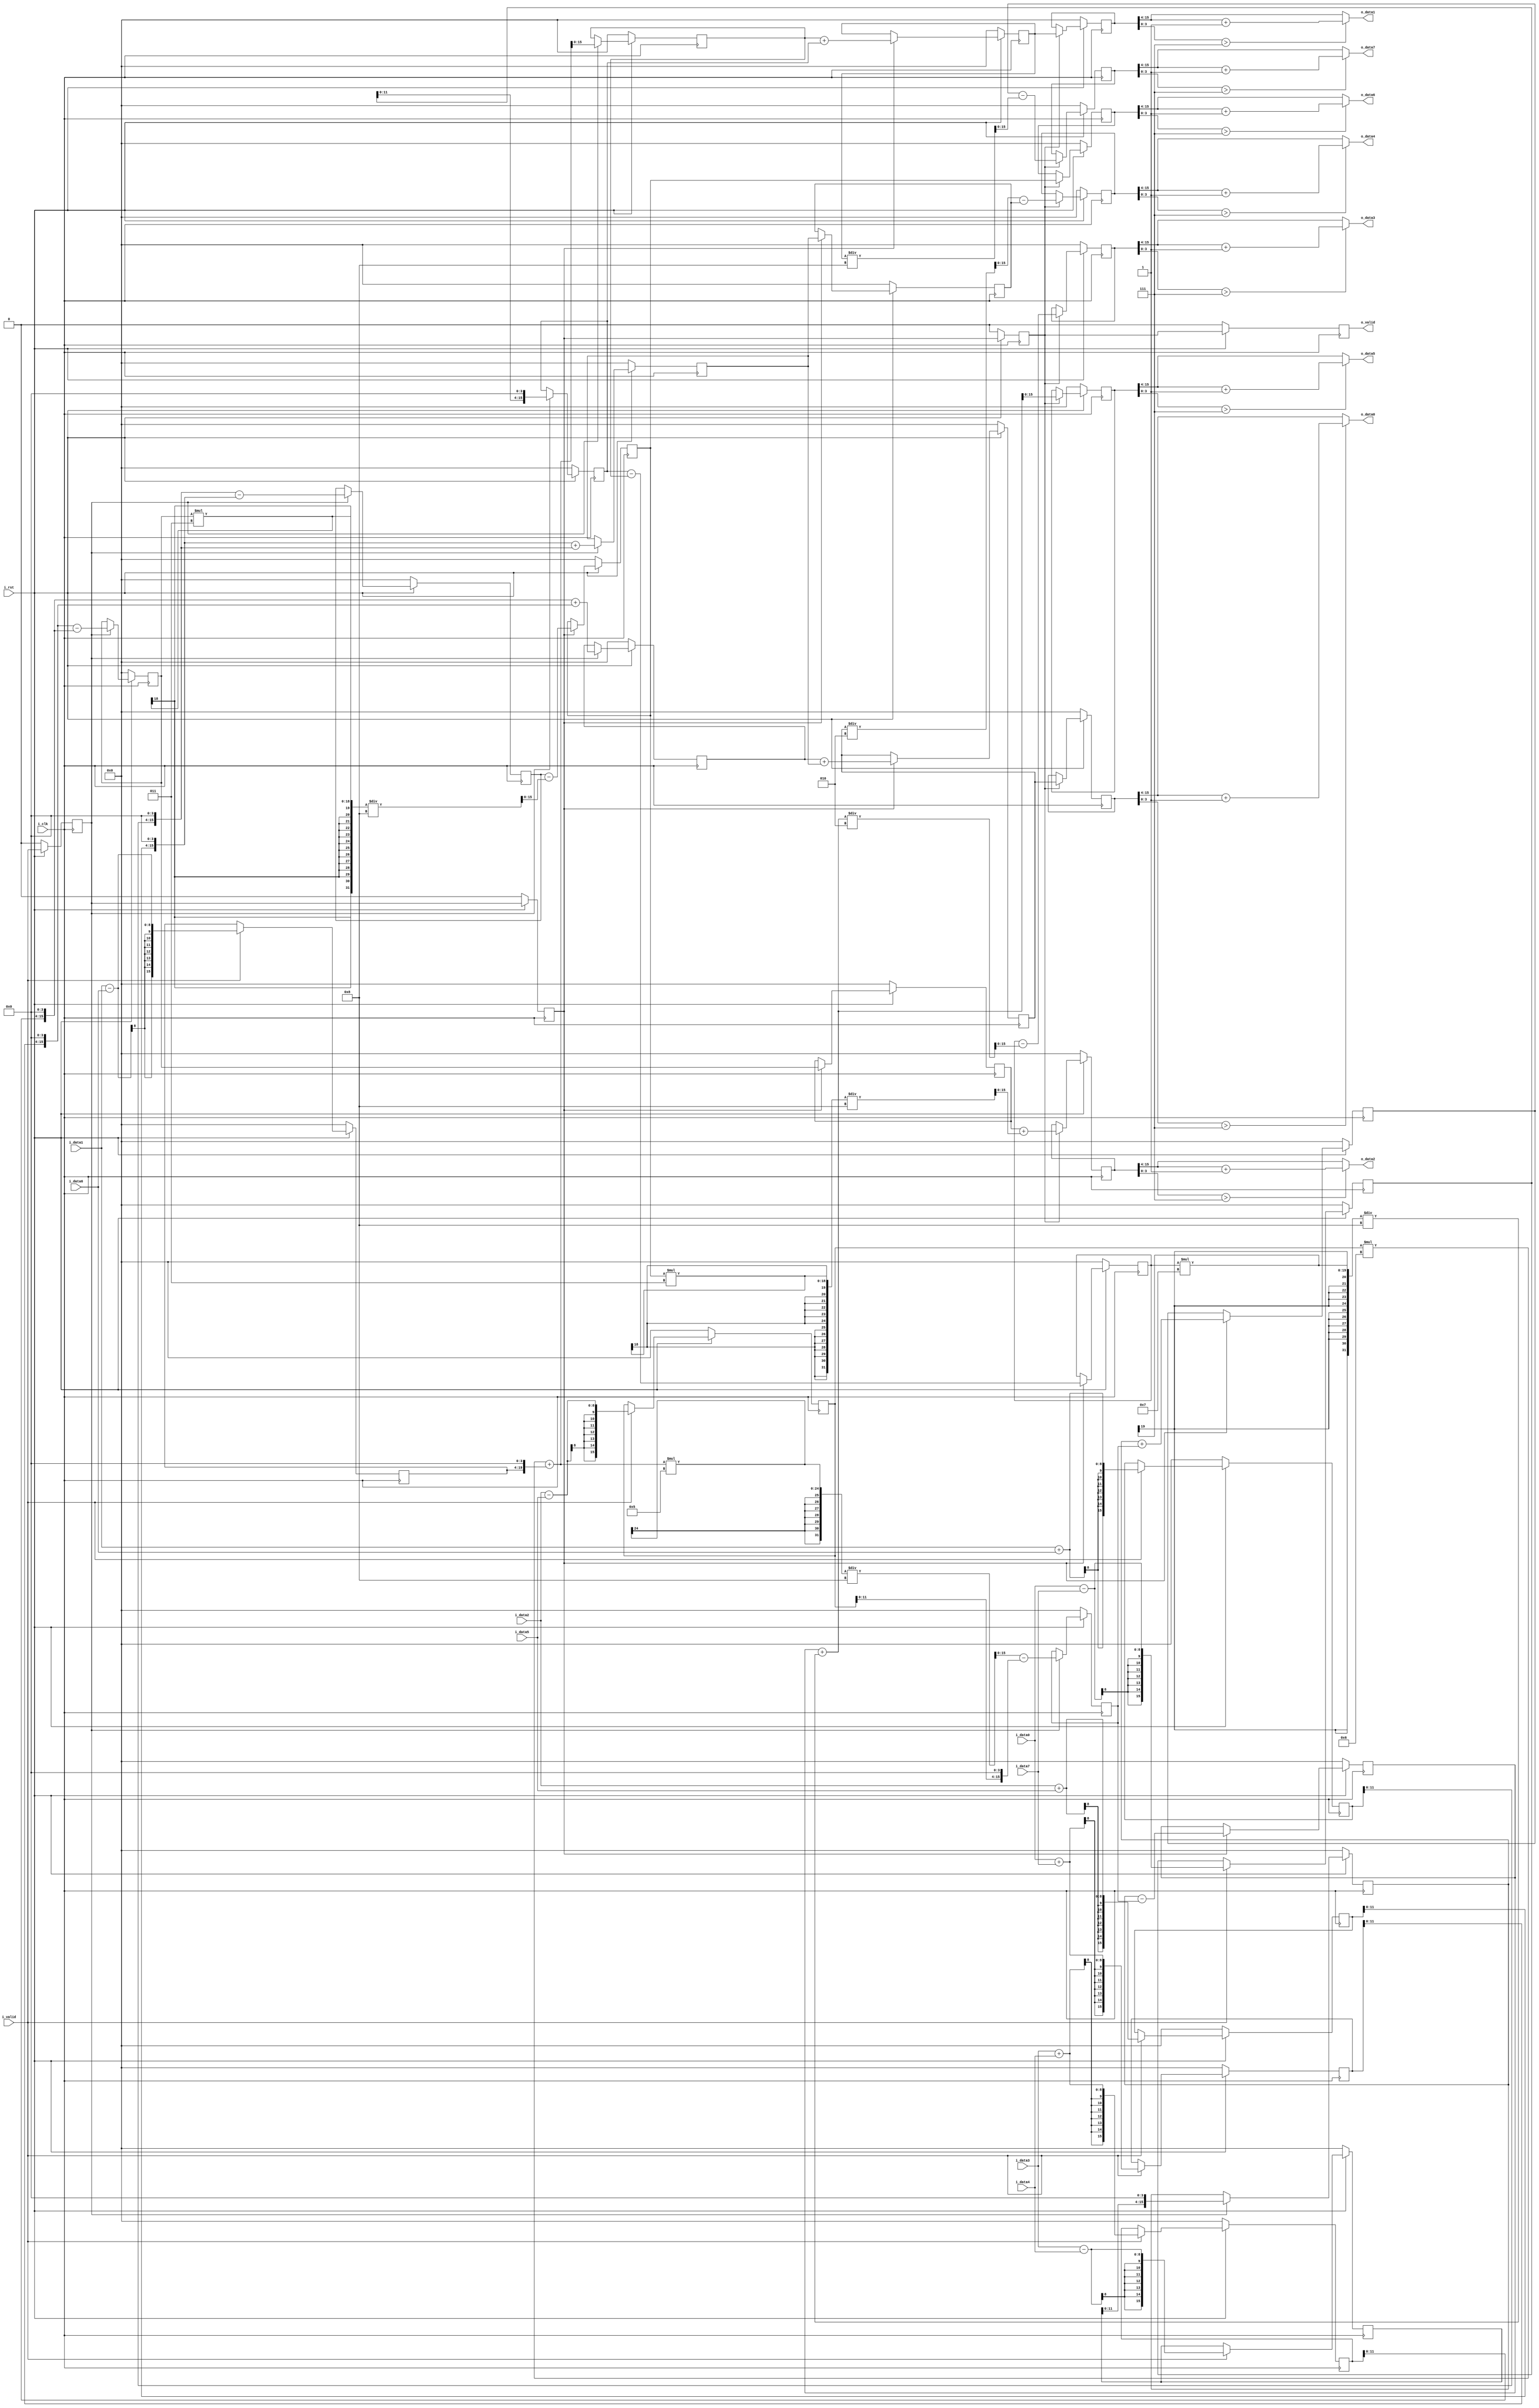
`timescale 1ns / 1ps

// input : singed 8-bits 
// output : singed 12-bits

module col_dct(
    input i_clk,
    input i_rst,
    input i_valid,
    input signed [7:0] i_data0,
    input signed [7:0] i_data1,
    input signed [7:0] i_data2,
    input signed [7:0] i_data3,
    input signed [7:0] i_data4,
    input signed [7:0] i_data5,
    input signed [7:0] i_data6,
    input signed [7:0] i_data7,
    
    output o_valid,
    // reflects 1d-dct result 
    output signed [11:0] o_data0,
    output signed [11:0] o_data1,
    output signed [11:0] o_data2,
    output signed [11:0] o_data3,
    output signed [11:0] o_data4,
    output signed [11:0] o_data5,
    output signed [11:0] o_data6,
    output signed [11:0] o_data7
    );
    // 
    
    //stage 1 data  , (OUTPUT : 10BIT + 4BIT) 14bit for calculation
    reg signed [15:0] temp1_data0;
    reg signed [15:0] temp1_data1;
    reg signed [15:0] temp1_data2;
    reg signed [15:0] temp1_data3;
    reg signed [15:0] temp1_data4;
    reg signed [15:0] temp1_data5;
    reg signed [15:0] temp1_data6;
    reg signed [15:0] temp1_data7;
    
    // connect s1-s2 data    
    //stage 2 data
    reg signed [15:0] temp2_data0;
    reg signed [15:0] temp2_data1;
    reg signed [15:0] temp2_data2;
    reg signed [15:0] temp2_data3;
    reg signed [15:0] temp2_data4;
    reg signed [15:0] temp2_data5;
    reg signed [15:0] temp2_data6;
    reg signed [15:0] temp2_data7;

    //stage 3 data
    reg signed [15:0] temp3_data0;
    reg signed [15:0] temp3_data1;
    reg signed [15:0] temp3_data2;
    reg signed [15:0] temp3_data3;
    reg signed [15:0] temp3_data4;
    reg signed [15:0] temp3_data5;
    reg signed [15:0] temp3_data6;
    reg signed [15:0] temp3_data7;

    //stage 4 data
    reg signed [15:0] temp4_data0;
    reg signed [15:0] temp4_data1;
    reg signed [15:0] temp4_data2;
    reg signed [15:0] temp4_data3;
    reg signed [15:0] temp4_data4;
    reg signed [15:0] temp4_data5;
    reg signed [15:0] temp4_data6;
    reg signed [15:0] temp4_data7;
    

    
    // Pipeline stage valid
    reg s1_valid,s2_valid, s3_valid, s4_valid;
    
    // stage 1 
    always@(posedge i_clk)begin
        if(!i_rst)begin
            temp1_data0 <= 0;
            temp1_data1 <= 0;
            temp1_data2 <= 0;
            temp1_data3 <= 0;
            temp1_data4 <= 0;
            temp1_data5 <= 0;
            temp1_data6 <= 0 ;
            temp1_data7 <= 0; 
        end
        else begin
            if(i_valid) begin
                temp1_data0 <= i_data0  + i_data7;
                temp1_data1 <= i_data1 + i_data6;
                temp1_data2 <= i_data2  + i_data5;
                temp1_data3 <= i_data3  + i_data4;
                temp1_data4 <= i_data3 - i_data4;
                temp1_data5 <= i_data2  - i_data5;
                temp1_data6 <= i_data1  - i_data6;
                temp1_data7  <= i_data0 - i_data7;
           end
        end
    end
    
    // stage 2
    always@(posedge i_clk) begin
        if(!i_rst)begin
            temp2_data0 <= 0;
            temp2_data1 <= 0;
            temp2_data2 <= 0;
            temp2_data3 <= 0;
            temp2_data4 <= 0;
            temp2_data5 <= 0;
            temp2_data6 <= 0;
            temp2_data7 <= 0;
        end
        else begin
            if(s1_valid)begin
                temp2_data0 <= (temp1_data3 << 4) + (temp1_data0 << 4) ;
                temp2_data1 <= (temp1_data2 << 4)  + (temp1_data1 << 4);
                temp2_data2 <= (temp1_data1 << 4)  -  (temp1_data2 << 4);
                temp2_data3 <= (temp1_data0 << 4)  - (temp1_data3 << 4);
                temp2_data4 <= (temp1_data4 << 4);
                temp2_data5 <= ((((temp1_data5 * 6)) + (temp1_data6 << 4)) * 5 / 8) - (temp1_data5 << 4);
                temp2_data6 <= ((temp1_data5 * 6))  + (temp1_data6 << 4);
                temp2_data7 <= (temp1_data7 << 4);
            end
        end
    end
    
    //stage 3
    always@(posedge i_clk)begin
        if(!i_rst)begin
            temp3_data0 <= 0;
            temp3_data1 <= 0;
            temp3_data2 <= 0;
            temp3_data3 <= 0;
            temp3_data4 <= 0;
            temp3_data5 <= 0;
            temp3_data6 <= 0;
            temp3_data7 <= 0;    
        end
        else begin
            if(s2_valid)begin
                temp3_data0 <= temp2_data0 + temp2_data1;
                temp3_data1 <= temp2_data1;
                temp3_data2 <= temp2_data2 - ((temp2_data3 * 3 ) / 8);
                temp3_data3 <= temp2_data3;
                temp3_data4 <= temp2_data4 + temp2_data5;
                temp3_data5 <= temp2_data4 - temp2_data5;
                temp3_data6 <= temp2_data7 - temp2_data6;
                temp3_data7 <= temp2_data6 + temp2_data7;
            end
        end
    end
    
    // stage 4
    always@(posedge i_clk)begin
        if(!i_rst)begin
            temp4_data0 <= 0;
            temp4_data1 <= 0;
            temp4_data2 <= 0;
            temp4_data3 <= 0;
            temp4_data4 <= 0;
            temp4_data5 <= 0;
            temp4_data6 <= 0;
            temp4_data7 <= 0;        
        end
        else begin
            if(s3_valid) begin
                temp4_data0 <= temp3_data0;
                temp4_data1 <= (temp3_data0  / 2 ) - temp3_data1;
                temp4_data2 <= temp3_data2;
                temp4_data3 <= temp3_data3 + ((temp3_data2 * 3) / 8);
                temp4_data4 <= temp3_data4 - (temp3_data7 / 8);
                temp4_data5 <= temp3_data5 + (temp3_data6 * 7 / 8);
                temp4_data6 <= temp3_data6 - ((temp3_data5 + (temp3_data6 * 7 / 8)) / 2);
                temp4_data7 <= temp3_data7;
            end
        end
    end
    

    
    // output signal setting
    always@(posedge i_clk)begin
        if(!i_rst)begin
            s1_valid <=0;
            s2_valid <= 0;
            s3_valid <= 0;
            s4_valid <= 0;
        end
        else begin
            s1_valid <= i_valid;
            s2_valid <= s1_valid;
            s3_valid <= s2_valid;
            s4_valid <= s3_valid;
        end
    end
    
    assign o_valid = s4_valid;
    assign o_data0 = (temp4_data0[3:0] > 7) ? temp4_data0[15:4] + 1 : temp4_data0[15:4];
    assign o_data1 = (temp4_data7[3:0] > 7) ? temp4_data7[15:4] + 1 : temp4_data7[15:4];
    assign o_data2 = (temp4_data3[3:0] > 7) ? temp4_data3[15:4] + 1:  temp4_data3[15:4];
    assign o_data3 = (temp4_data6[3:0] > 7) ? temp4_data6[15:4] + 1 : temp4_data6[15:4];
    assign o_data4 = (temp4_data1[3:0] > 7) ? temp4_data1[15:4] + 1 : temp4_data1[15:4];
    assign o_data5 = (temp4_data5[3:0] > 7) ? temp4_data5[15:4] + 1 : temp4_data5[15:4];
    assign o_data6 = (temp4_data2[3:0] > 7) ? temp4_data2[15:4] + 1 : temp4_data2[15:4];
    assign o_data7 = (temp4_data4[3:0] > 7) ? temp4_data4[15:4] + 1 : temp4_data4[15:4];
endmodule